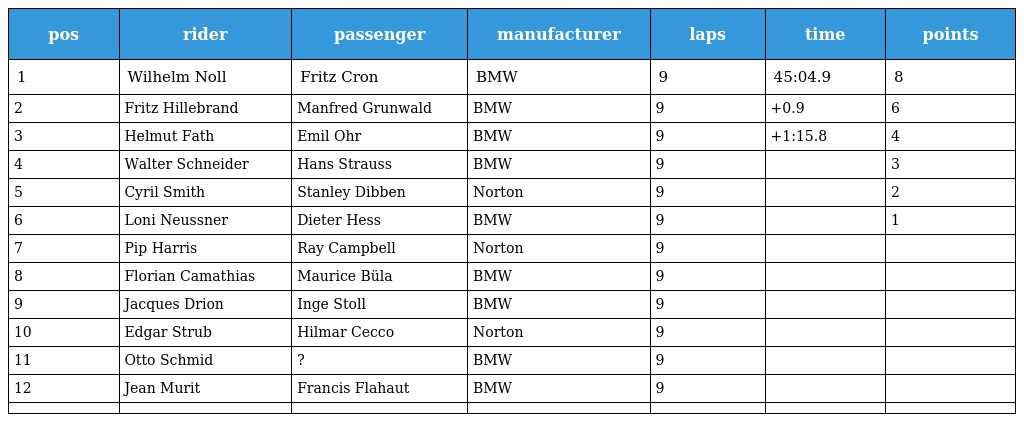
| pos | rider | passenger | manufacturer | laps | time | points |
 | --- | --- | --- | --- | --- | --- | --- |
 | 1 | Wilhelm Noll | Fritz Cron | BMW | 9 | 45:04.9 | 8 |
 | 2 | Fritz Hillebrand | Manfred Grunwald | BMW | 9 | +0.9 | 6 |
 | 3 | Helmut Fath | Emil Ohr | BMW | 9 | +1:15.8 | 4 |
 | 4 | Walter Schneider | Hans Strauss | BMW | 9 |  | 3 |
 | 5 | Cyril Smith | Stanley Dibben | Norton | 9 |  | 2 |
 | 6 | Loni Neussner | Dieter Hess | BMW | 9 |  | 1 |
 | 7 | Pip Harris | Ray Campbell | Norton | 9 |  |  |
 | 8 | Florian Camathias | Maurice Büla | BMW | 9 |  |  |
 | 9 | Jacques Drion | Inge Stoll | BMW | 9 |  |  |
 | 10 | Edgar Strub | Hilmar Cecco | Norton | 9 |  |  |
 | 11 | Otto Schmid | ? | BMW | 9 |  |  |
 | 12 | Jean Murit | Francis Flahaut | BMW | 9 |  |  |
 |  |  |  |  |  |  |  |